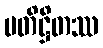
ပတိဋ္ဌိတဿ